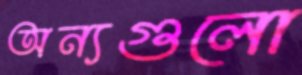
অন্যগুলো